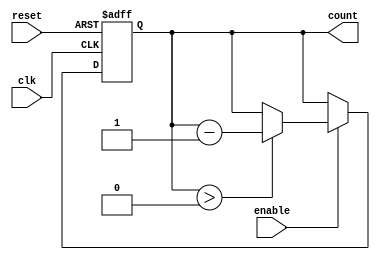
module down_counter (
    input wire clk,          // Clock signal
    input wire reset,        // Asynchronous active-high reset
    input wire enable,       // Active-high enable signal
    output reg [N-1:0] count // Current count value
);
    parameter N = 4; // Define the bit width of the counter (e.g., 4 bits for a max count of 15)

    // Maximum value for the counter
    localparam MAX_COUNT = (1 << N) - 1; // 2^N - 1

    // Asynchronous reset and synchronous counting
    always @(posedge clk or posedge reset) begin
        if (reset) begin
            count <= MAX_COUNT; // Reset to maximum value
        end else if (enable) begin
            if (count > 0) begin
                count <= count - 1; // Decrement count if greater than zero
            end
            // If count is already zero, it remains zero
        end
    end

    // Initialize count to zero on power-up
    initial begin
        count = MAX_COUNT; // Optionally set initial value
    end

endmodule